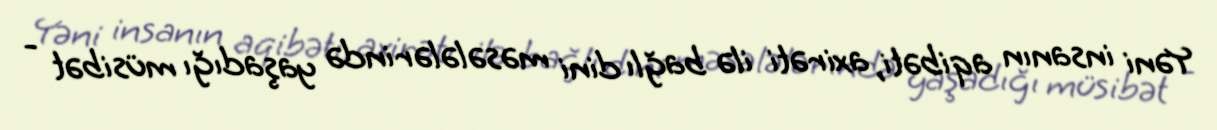
Yəni insanın aqibəti, axirəti ilə bağlı dini məsələlərində yaşadığı müsibət -